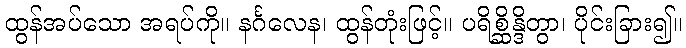
ထွန်အပ်သော အရပ်ကို။ နင်္ဂလေန၊ ထွန်တုံးဖြင့်။ ပရိစ္ဆိန္ဒိတွာ၊ ပိုင်းခြား၍။